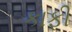
કાફી